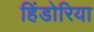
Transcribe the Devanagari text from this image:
हिंडोरिया